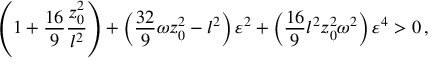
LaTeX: \left( 1 + { \frac { 1 6 } { 9 } } { \frac { z _ { 0 } ^ { 2 } } { l ^ { 2 } } } \right) + \left( { \frac { 3 2 } { 9 } } \omega z _ { 0 } ^ { 2 } - l ^ { 2 } \right) \varepsilon ^ { 2 } + \left( { \frac { 1 6 } { 9 } } l ^ { 2 } z _ { 0 } ^ { 2 } \omega ^ { 2 } \right) \varepsilon ^ { 4 } > 0 \, ,